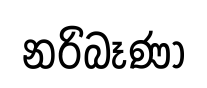
නරිබෑණා